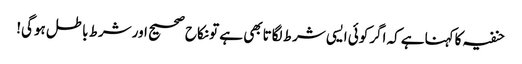
حنفیہ کاکہناہے کہ اگرکوئی ایسی شرط لگاتابھی ہے تونکاح صحیح اورشرط باطل ہوگی!